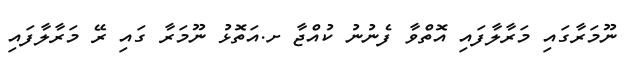
ނޫމަރާގައި މަރާލާފައި އޮތްވާ ފެނުނު ކުއްޖާ ށ.އަތޮޅު ނޫމަރާ ގައި ރޭ މަރާލާފައި